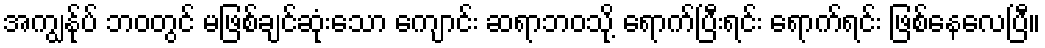
အကျွန်ုပ် ဘဝတွင် မဖြစ်ချင်ဆုံးသော ကျောင်း ဆရာဘဝသို့ ရောက်ပြီးရင်း ရောက်ရင်း ဖြစ်နေလေပြီ။